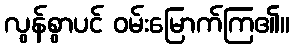
လွန်စွာပင် ဝမ်းမြောက်ကြ၏။